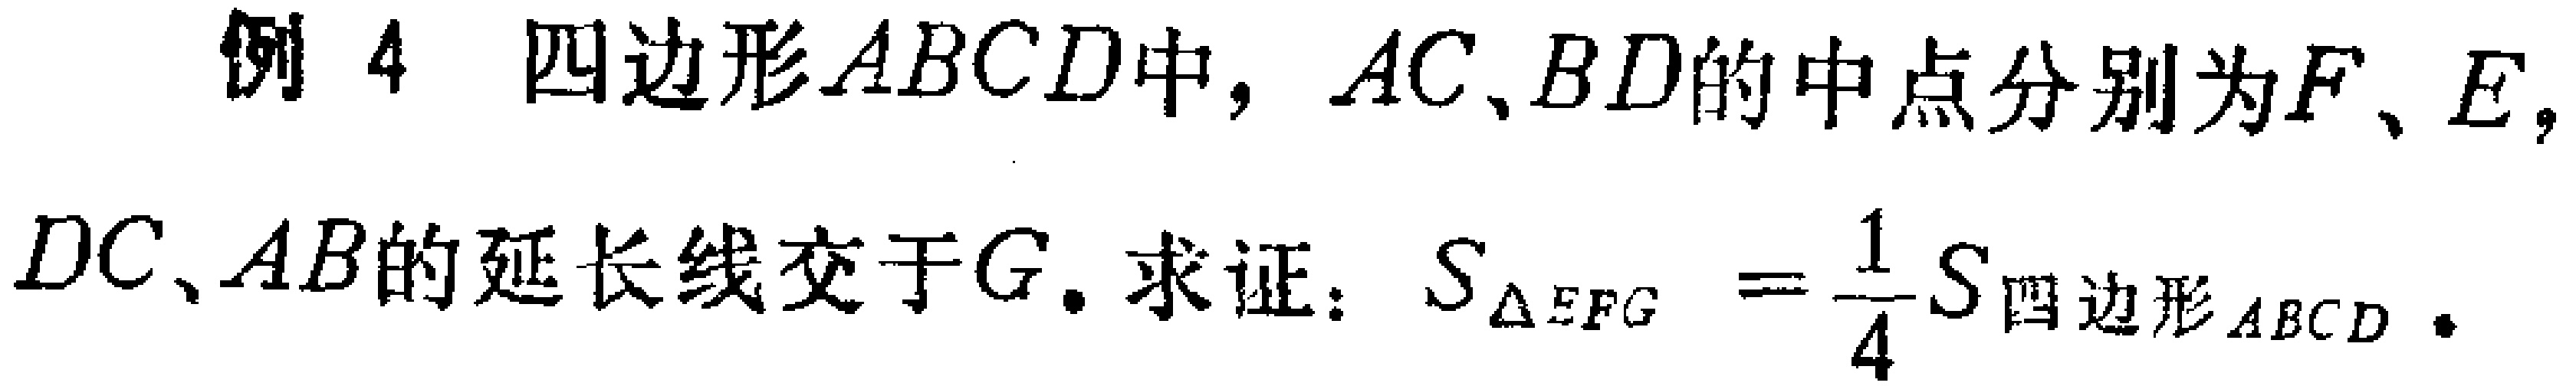
例4 四边形\(ABCD\)中，\(AC,BD\)的中点分别为\(F、E\)，\(DC、AB\)的延长线交于\(G\). 求证：\(S_{\triangle EFG}=\frac{1}{4}S_{四边形ABCD}\).